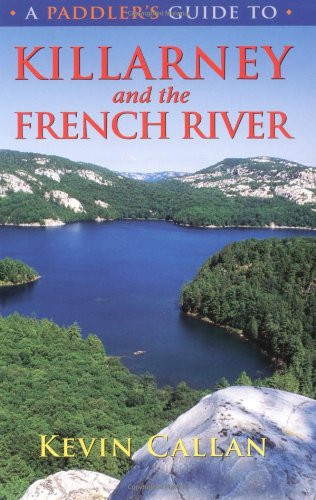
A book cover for A Paddler's Guide to Killarney and the French River; Kevin Callan; Travel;